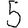
Digit: 5